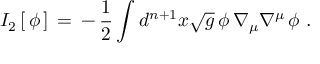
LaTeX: I _ { 2 } \, [ \, \phi \, ] \, = \, - \, { \frac { 1 } { 2 } } \int d ^ { n + 1 } x \sqrt { g } \, \phi \, \nabla _ { \mu } \nabla ^ { \mu } \, \phi \, \, .